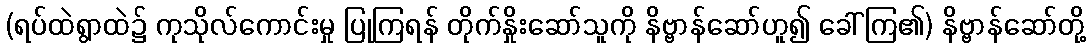
(ရပ်ထဲရွာထဲ၌ ကုသိုလ်ကောင်းမှု ပြုကြရန် တိုက်နှိုးဆော်သူကို နိဗ္ဗာန်ဆော်ဟူ၍ ခေါ်ကြ၏) နိဗ္ဗာန်ဆော်တို့